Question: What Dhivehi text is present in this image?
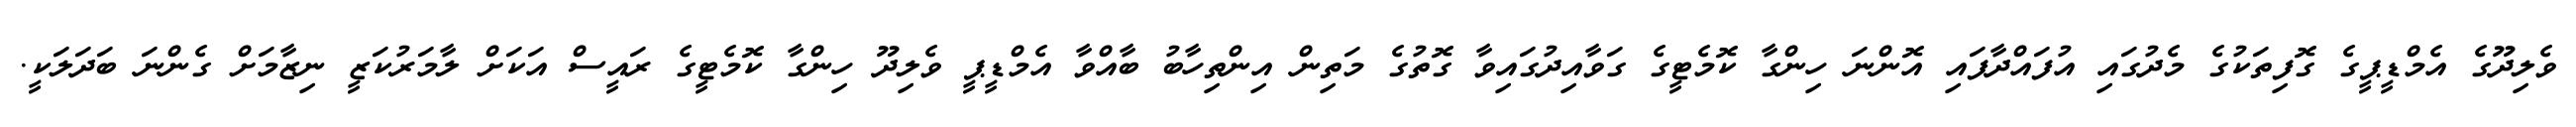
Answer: ވެލިދޫގެ އެމްޑީޕީގެ ގޮފިތަކުގެ މެދުގައި އުފައްދާފައި އޮންނަ ހިންގާ ކޮމެޓީގެ ގަވާއިދުގައިވާ ގޮތުގެ މަތިން އިންތިހާބު ބާއްވާ އެމްޑީޕީ ވެލިދޫ ހިންގާ ކޮމެޓީގެ ރައީސް އަކަށް ލާމަރުކަޒީ ނިޒާމަށް ގެންނަ ބަދަލަކީ.